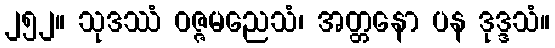
၂၅၂။ သုဒဿံ ဝဇ္ဇမညေသံ၊ အတ္တနော ပန ဒုဒ္ဒသံ။